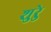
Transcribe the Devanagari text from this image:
शुरेु